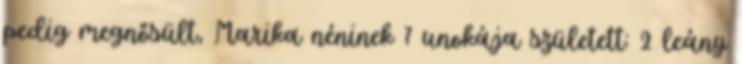
pedig megnősült, Marika néninek 7 unokája született: 2 leány